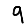
Digit: 9